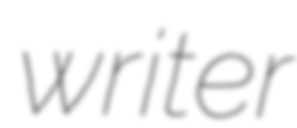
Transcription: writer